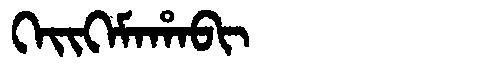
Manchu: ᡴᡝᡳᡴᡝᠮᠠᡥᠠᠪᡳ
Romanization: KEIKEMAHABI